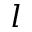
l